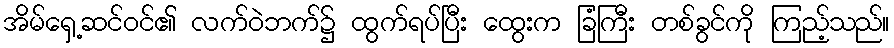
အိမ်ရှေ့ဆင်ဝင်၏ လက်ဝဲဘက်၌ ထွက်ရပ်ပြီး ထွေးက ခြံကြီး တစ်ခွင်ကို ကြည့်သည်။